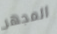
المجهر